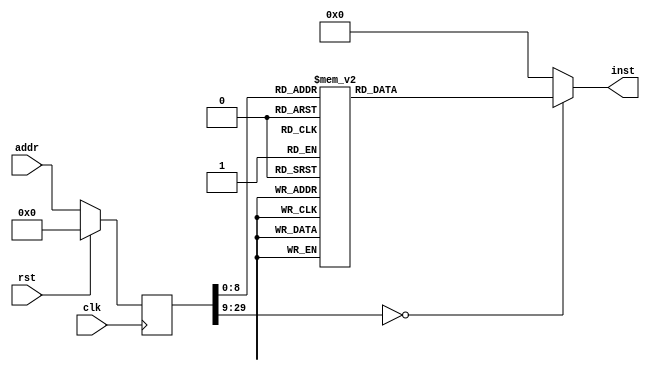
module isr(input clk, input rst, input [29:0] addr, output reg [31:0] inst);
reg [29:0] addr_r;
always @(posedge clk)
begin
addr_r <= (rst) ? (30'b0) : (addr);
end
always @(*)
begin
case(addr_r)
30'h00000000: inst = 32'h401b6000;
30'h00000001: inst = 32'h401a6800;
30'h00000002: inst = 32'h337bcc00;
30'h00000003: inst = 32'h035bd024;
30'h00000004: inst = 32'h335b8000;
30'h00000005: inst = 32'h17600009;
30'h00000006: inst = 32'h00000000;
30'h00000007: inst = 32'h335b0800;
30'h00000008: inst = 32'h17600052;
30'h00000009: inst = 32'h00000000;
30'h0000000a: inst = 32'h335b0400;
30'h0000000b: inst = 32'h1760001b;
30'h0000000c: inst = 32'h00000000;
30'h0000000d: inst = 32'h08000092;
30'h0000000e: inst = 32'h00000000;
30'h0000000f: inst = 32'h401b4800;
30'h00000010: inst = 32'h40804800;
30'h00000011: inst = 32'h3c1a1fff;
30'h00000012: inst = 32'h375a0014;
30'h00000013: inst = 32'h8f5a0000;
30'h00000014: inst = 32'h241b003b;
30'h00000015: inst = 32'h137a0064;
30'h00000016: inst = 32'h00000000;
30'h00000017: inst = 32'h275a0001;
30'h00000018: inst = 32'h3c1b1fff;
30'h00000019: inst = 32'h377b0014;
30'h0000001a: inst = 32'haf7a0000;
30'h0000001b: inst = 32'h3c1a1fff;
30'h0000001c: inst = 32'h375a0018;
30'h0000001d: inst = 32'h8f5a0000;
30'h0000001e: inst = 32'h00000000;
30'h0000001f: inst = 32'h17400079;
30'h00000020: inst = 32'h00000000;
30'h00000021: inst = 32'h401b6800;
30'h00000022: inst = 32'h00000000;
30'h00000023: inst = 32'h337b07ff;
30'h00000024: inst = 32'h409b6800;
30'h00000025: inst = 32'h08000092;
30'h00000026: inst = 32'h00000000;
30'h00000027: inst = 32'h3c1a8000;
30'h00000028: inst = 32'h375a000c;
30'h00000029: inst = 32'h8f5a0000;
30'h0000002a: inst = 32'h3c1b8000;
30'h0000002b: inst = 32'h8f7b0000;
30'h0000002c: inst = 32'h00000000;
30'h0000002d: inst = 32'h101b0005;
30'h0000002e: inst = 32'h00000000;
30'h0000002f: inst = 32'h3c1b8000;
30'h00000030: inst = 32'h377b0008;
30'h00000031: inst = 32'h08000048;
30'h00000032: inst = 32'ha37a0000;
30'h00000033: inst = 32'h27bdfff4;
30'h00000034: inst = 32'hafa80008;
30'h00000035: inst = 32'hafa90004;
30'h00000036: inst = 32'hafaa0000;
30'h00000037: inst = 32'h3c081fff;
30'h00000038: inst = 32'h3508001c;
30'h00000039: inst = 32'h3c091fff;
30'h0000003a: inst = 32'h8d290000;
30'h0000003b: inst = 32'h00000000;
30'h0000003c: inst = 32'h01094021;
30'h0000003d: inst = 32'ha11a0000;
30'h0000003e: inst = 32'h240a07ff;
30'h0000003f: inst = 32'h112a0103;
30'h00000040: inst = 32'h00000000;
30'h00000041: inst = 32'h25290001;
30'h00000042: inst = 32'h3c081fff;
30'h00000043: inst = 32'had090000;
30'h00000044: inst = 32'h8fa80008;
30'h00000045: inst = 32'h8fa90004;
30'h00000046: inst = 32'h8faa0000;
30'h00000047: inst = 32'h27bd000c;
30'h00000048: inst = 32'h241b0064;
30'h00000049: inst = 32'h135b003e;
30'h0000004a: inst = 32'h00000000;
30'h0000004b: inst = 32'h241b0065;
30'h0000004c: inst = 32'h135b0040;
30'h0000004d: inst = 32'h00000000;
30'h0000004e: inst = 32'h3c1b1fff;
30'h0000004f: inst = 32'h377b0008;
30'h00000050: inst = 32'h3c1a8000;
30'h00000051: inst = 32'h375a000c;
30'h00000052: inst = 32'h8f5a0000;
30'h00000053: inst = 32'h00000000;
30'h00000054: inst = 32'haf7a0000;
30'h00000055: inst = 32'h401b6800;
30'h00000056: inst = 32'h00000000;
30'h00000057: inst = 32'h337bfbff;
30'h00000058: inst = 32'h409b6800;
30'h00000059: inst = 32'h08000092;
30'h0000005a: inst = 32'h00000000;
30'h0000005b: inst = 32'h3c1a1fff;
30'h0000005c: inst = 32'h8f5a0000;
30'h0000005d: inst = 32'h3c1b1fff;
30'h0000005e: inst = 32'h377b0004;
30'h0000005f: inst = 32'h8f7b0000;
30'h00000060: inst = 32'h00000000;
30'h00000061: inst = 32'h135b0012;
30'h00000062: inst = 32'h00000000;
30'h00000063: inst = 32'h3c1a1fff;
30'h00000064: inst = 32'h375a001c;
30'h00000065: inst = 32'h035bd021;
30'h00000066: inst = 32'h835a0000;
30'h00000067: inst = 32'h3c1b8000;
30'h00000068: inst = 32'h377b0008;
30'h00000069: inst = 32'ha37a0000;
30'h0000006a: inst = 32'h3c1b1fff;
30'h0000006b: inst = 32'h377b0004;
30'h0000006c: inst = 32'h8f7b0000;
30'h0000006d: inst = 32'h241a07ff;
30'h0000006e: inst = 32'h135b0015;
30'h0000006f: inst = 32'h00000000;
30'h00000070: inst = 32'h277b0001;
30'h00000071: inst = 32'h3c1a1fff;
30'h00000072: inst = 32'h375a0004;
30'h00000073: inst = 32'haf5b0000;
30'h00000074: inst = 32'h401b6800;
30'h00000075: inst = 32'h00000000;
30'h00000076: inst = 32'h337bf7ff;
30'h00000077: inst = 32'h409b6800;
30'h00000078: inst = 32'h08000092;
30'h00000079: inst = 32'h00000000;
30'h0000007a: inst = 32'h3c1a1fff;
30'h0000007b: inst = 32'h375a0010;
30'h0000007c: inst = 32'h8f5b0000;
30'h0000007d: inst = 32'h00000000;
30'h0000007e: inst = 32'h277b0001;
30'h0000007f: inst = 32'haf5b0000;
30'h00000080: inst = 32'h3c1a1fff;
30'h00000081: inst = 32'h375a0014;
30'h00000082: inst = 32'h0800001b;
30'h00000083: inst = 32'haf400000;
30'h00000084: inst = 32'h3c1b1fff;
30'h00000085: inst = 32'h377b0004;
30'h00000086: inst = 32'h08000074;
30'h00000087: inst = 32'haf600000;
30'h00000088: inst = 32'h3c1a1fff;
30'h00000089: inst = 32'h375a0018;
30'h0000008a: inst = 32'h241b0000;
30'h0000008b: inst = 32'h08000055;
30'h0000008c: inst = 32'haf5b0000;
30'h0000008d: inst = 32'h3c1a1fff;
30'h0000008e: inst = 32'h375a0018;
30'h0000008f: inst = 32'h241b0001;
30'h00000090: inst = 32'h08000055;
30'h00000091: inst = 32'haf5b0000;
30'h00000092: inst = 32'h401b6000;
30'h00000093: inst = 32'h00000000;
30'h00000094: inst = 32'h377b0001;
30'h00000095: inst = 32'h401a7000;
30'h00000096: inst = 32'h409b6000;
30'h00000097: inst = 32'h03400008;
30'h00000098: inst = 32'h00000000;
30'h00000099: inst = 32'h27bdffec;
30'h0000009a: inst = 32'hafa80010;
30'h0000009b: inst = 32'hafa9000c;
30'h0000009c: inst = 32'hafaa0008;
30'h0000009d: inst = 32'hafab0004;
30'h0000009e: inst = 32'hafac0000;
30'h0000009f: inst = 32'h3c1b1fff;
30'h000000a0: inst = 32'h377b0010;
30'h000000a1: inst = 32'h8f7b0000;
30'h000000a2: inst = 32'h3c1a1fff;
30'h000000a3: inst = 32'h375a001c;
30'h000000a4: inst = 32'h3c0c8000;
30'h000000a5: inst = 32'h8d8c0000;
30'h000000a6: inst = 32'h3c091fff;
30'h000000a7: inst = 32'h8d290000;
30'h000000a8: inst = 32'h00000000;
30'h000000a9: inst = 32'h0349d021;
30'h000000aa: inst = 32'h100c0005;
30'h000000ab: inst = 32'h2408000d;
30'h000000ac: inst = 32'h3c0c8000;
30'h000000ad: inst = 32'h358c0008;
30'h000000ae: inst = 32'h080000b5;
30'h000000af: inst = 32'ha1880000;
30'h000000b0: inst = 32'ha3480000;
30'h000000b1: inst = 32'h240a07ff;
30'h000000b2: inst = 32'h112a0086;
30'h000000b3: inst = 32'h00000000;
30'h000000b4: inst = 32'h25290001;
30'h000000b5: inst = 32'h3c1a1fff;
30'h000000b6: inst = 32'h375a001c;
30'h000000b7: inst = 32'h0349d021;
30'h000000b8: inst = 32'h24080020;
30'h000000b9: inst = 32'ha3480000;
30'h000000ba: inst = 32'h240a07ff;
30'h000000bb: inst = 32'h112a007f;
30'h000000bc: inst = 32'h00000000;
30'h000000bd: inst = 32'h25290001;
30'h000000be: inst = 32'h24080001;
30'h000000bf: inst = 32'h240a000a;
30'h000000c0: inst = 32'h240b0000;
30'h000000c1: inst = 32'h036a602b;
30'h000000c2: inst = 32'h11880004;
30'h000000c3: inst = 32'h00000000;
30'h000000c4: inst = 32'h036ad823;
30'h000000c5: inst = 32'h080000c1;
30'h000000c6: inst = 32'h256b0001;
30'h000000c7: inst = 32'h256b0030;
30'h000000c8: inst = 32'h277b0030;
30'h000000c9: inst = 32'h3c1a1fff;
30'h000000ca: inst = 32'h375a001c;
30'h000000cb: inst = 32'h0349d021;
30'h000000cc: inst = 32'ha34b0000;
30'h000000cd: inst = 32'h240a07ff;
30'h000000ce: inst = 32'h112a006a;
30'h000000cf: inst = 32'h00000000;
30'h000000d0: inst = 32'h25290001;
30'h000000d1: inst = 32'h3c1a1fff;
30'h000000d2: inst = 32'h375a001c;
30'h000000d3: inst = 32'h0349d021;
30'h000000d4: inst = 32'ha35b0000;
30'h000000d5: inst = 32'h240a07ff;
30'h000000d6: inst = 32'h112a0058;
30'h000000d7: inst = 32'h00000000;
30'h000000d8: inst = 32'h25290001;
30'h000000d9: inst = 32'h240a003a;
30'h000000da: inst = 32'h3c1a1fff;
30'h000000db: inst = 32'h375a001c;
30'h000000dc: inst = 32'h0349d021;
30'h000000dd: inst = 32'ha34a0000;
30'h000000de: inst = 32'h240a07ff;
30'h000000df: inst = 32'h112a0051;
30'h000000e0: inst = 32'h00000000;
30'h000000e1: inst = 32'h25290001;
30'h000000e2: inst = 32'h240b0000;
30'h000000e3: inst = 32'h240a000a;
30'h000000e4: inst = 32'h3c1b1fff;
30'h000000e5: inst = 32'h377b0014;
30'h000000e6: inst = 32'h8f7b0000;
30'h000000e7: inst = 32'h00000000;
30'h000000e8: inst = 32'h036a602b;
30'h000000e9: inst = 32'h11880004;
30'h000000ea: inst = 32'h00000000;
30'h000000eb: inst = 32'h036ad823;
30'h000000ec: inst = 32'h080000e8;
30'h000000ed: inst = 32'h256b0001;
30'h000000ee: inst = 32'h256b0030;
30'h000000ef: inst = 32'h277b0030;
30'h000000f0: inst = 32'h3c1a1fff;
30'h000000f1: inst = 32'h375a001c;
30'h000000f2: inst = 32'h0349d021;
30'h000000f3: inst = 32'ha34b0000;
30'h000000f4: inst = 32'h240a07ff;
30'h000000f5: inst = 32'h112a003d;
30'h000000f6: inst = 32'h00000000;
30'h000000f7: inst = 32'h25290001;
30'h000000f8: inst = 32'h3c1a1fff;
30'h000000f9: inst = 32'h375a001c;
30'h000000fa: inst = 32'h0349d021;
30'h000000fb: inst = 32'ha35b0000;
30'h000000fc: inst = 32'h240a07ff;
30'h000000fd: inst = 32'h112a0037;
30'h000000fe: inst = 32'h00000000;
30'h000000ff: inst = 32'h25290001;
30'h00000100: inst = 32'h240a0020;
30'h00000101: inst = 32'h3c1a1fff;
30'h00000102: inst = 32'h375a001c;
30'h00000103: inst = 32'h0349d021;
30'h00000104: inst = 32'ha34a0000;
30'h00000105: inst = 32'h240a07ff;
30'h00000106: inst = 32'h112a0030;
30'h00000107: inst = 32'h00000000;
30'h00000108: inst = 32'h25290001;
30'h00000109: inst = 32'h240a0020;
30'h0000010a: inst = 32'h3c1a1fff;
30'h0000010b: inst = 32'h375a001c;
30'h0000010c: inst = 32'h0349d021;
30'h0000010d: inst = 32'ha34a0000;
30'h0000010e: inst = 32'h240a07ff;
30'h0000010f: inst = 32'h112a002d;
30'h00000110: inst = 32'h00000000;
30'h00000111: inst = 32'h25290001;
30'h00000112: inst = 32'h3c0a1fff;
30'h00000113: inst = 32'h354a0008;
30'h00000114: inst = 32'h8d4a0000;
30'h00000115: inst = 32'h3c1a1fff;
30'h00000116: inst = 32'h375a001c;
30'h00000117: inst = 32'h0349d021;
30'h00000118: inst = 32'ha34a0000;
30'h00000119: inst = 32'h240a07ff;
30'h0000011a: inst = 32'h112a0024;
30'h0000011b: inst = 32'h00000000;
30'h0000011c: inst = 32'h25290001;
30'h0000011d: inst = 32'h240a0020;
30'h0000011e: inst = 32'h3c1a1fff;
30'h0000011f: inst = 32'h375a001c;
30'h00000120: inst = 32'h0349d021;
30'h00000121: inst = 32'ha34a0000;
30'h00000122: inst = 32'h240a07ff;
30'h00000123: inst = 32'h112a001d;
30'h00000124: inst = 32'h00000000;
30'h00000125: inst = 32'h25290001;
30'h00000126: inst = 32'h3c1a1fff;
30'h00000127: inst = 32'haf490000;
30'h00000128: inst = 32'h8fa80010;
30'h00000129: inst = 32'h8fa9000c;
30'h0000012a: inst = 32'h8faa0008;
30'h0000012b: inst = 32'h8fab0004;
30'h0000012c: inst = 32'h8fac0000;
30'h0000012d: inst = 32'h08000021;
30'h0000012e: inst = 32'h27bd0014;
30'h0000012f: inst = 32'h080000d9;
30'h00000130: inst = 32'h00004821;
30'h00000131: inst = 32'h080000e2;
30'h00000132: inst = 32'h00004821;
30'h00000133: inst = 32'h080000f8;
30'h00000134: inst = 32'h00004821;
30'h00000135: inst = 32'h08000100;
30'h00000136: inst = 32'h00004821;
30'h00000137: inst = 32'h08000109;
30'h00000138: inst = 32'h00004821;
30'h00000139: inst = 32'h080000d1;
30'h0000013a: inst = 32'h00004821;
30'h0000013b: inst = 32'h080000be;
30'h0000013c: inst = 32'h00004821;
30'h0000013d: inst = 32'h08000112;
30'h0000013e: inst = 32'h00004821;
30'h0000013f: inst = 32'h0800011d;
30'h00000140: inst = 32'h00004821;
30'h00000141: inst = 32'h08000126;
30'h00000142: inst = 32'h00004821;
30'h00000143: inst = 32'h08000042;
30'h00000144: inst = 32'h00004821;
default:      inst = 32'h00000000;
endcase
end
endmodule